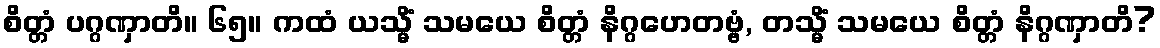
စိတ္တံ ပဂ္ဂဏှာတိ။ ၆၅။ ကထံ ယသ္မိံ သမယေ စိတ္တံ နိဂ္ဂဟေတဗ္ဗံ, တသ္မိံ သမယေ စိတ္တံ နိဂ္ဂဏှာတိ?